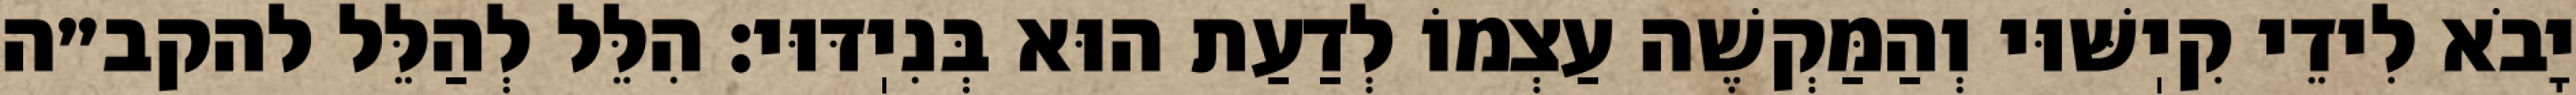
יָבֹא לִידֵי קִיֽשּׁוּי וְהַמַּקְשֶׁה עַצְמוֹ לְדַעַת הוּא בְּנִיֽדּוּי: הִלֵּל לְהַלֵּל להקב״ה